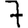
Digit: 7